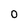
Character: 0